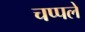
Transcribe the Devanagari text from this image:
चप्पले